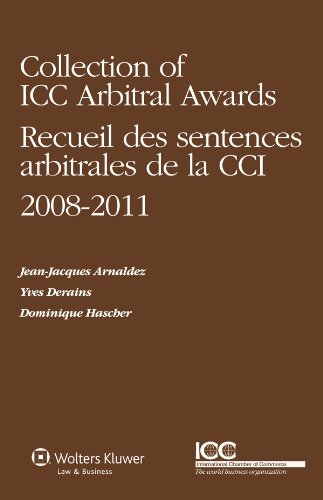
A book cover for Collection of ICC Arbitral Awards 2008-2011/ Recueil des Sentences Arbitrales de la CCI 2008-2011 (Volume VI) (Collection of ICC Arbitral Awards Series); Jean-Jacques Arnaldez; Law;